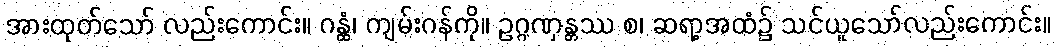
အားထုတ်သော် လည်းကောင်း။ ဂန္ထံ၊ ကျမ်းဂန်ကို။ ဥဂ္ဂဏှန္တဿ စ၊ ဆရာ့အထံ၌ သင်ယူသော်လည်းကောင်း။